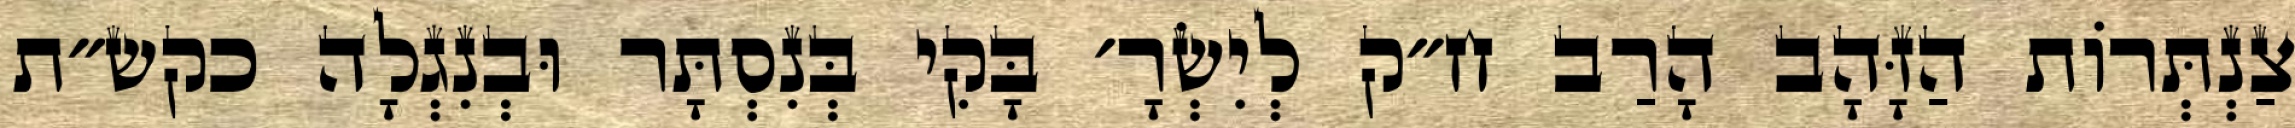
צַנְתְּרוֹת הַזָּהָב הָרַב ח״ק לְיִשְׂרָ׳ בָּקִי בְּנִסְתָּר וּבְנִגְלָה כקש״ת